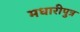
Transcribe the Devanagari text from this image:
मधारीपुत्र